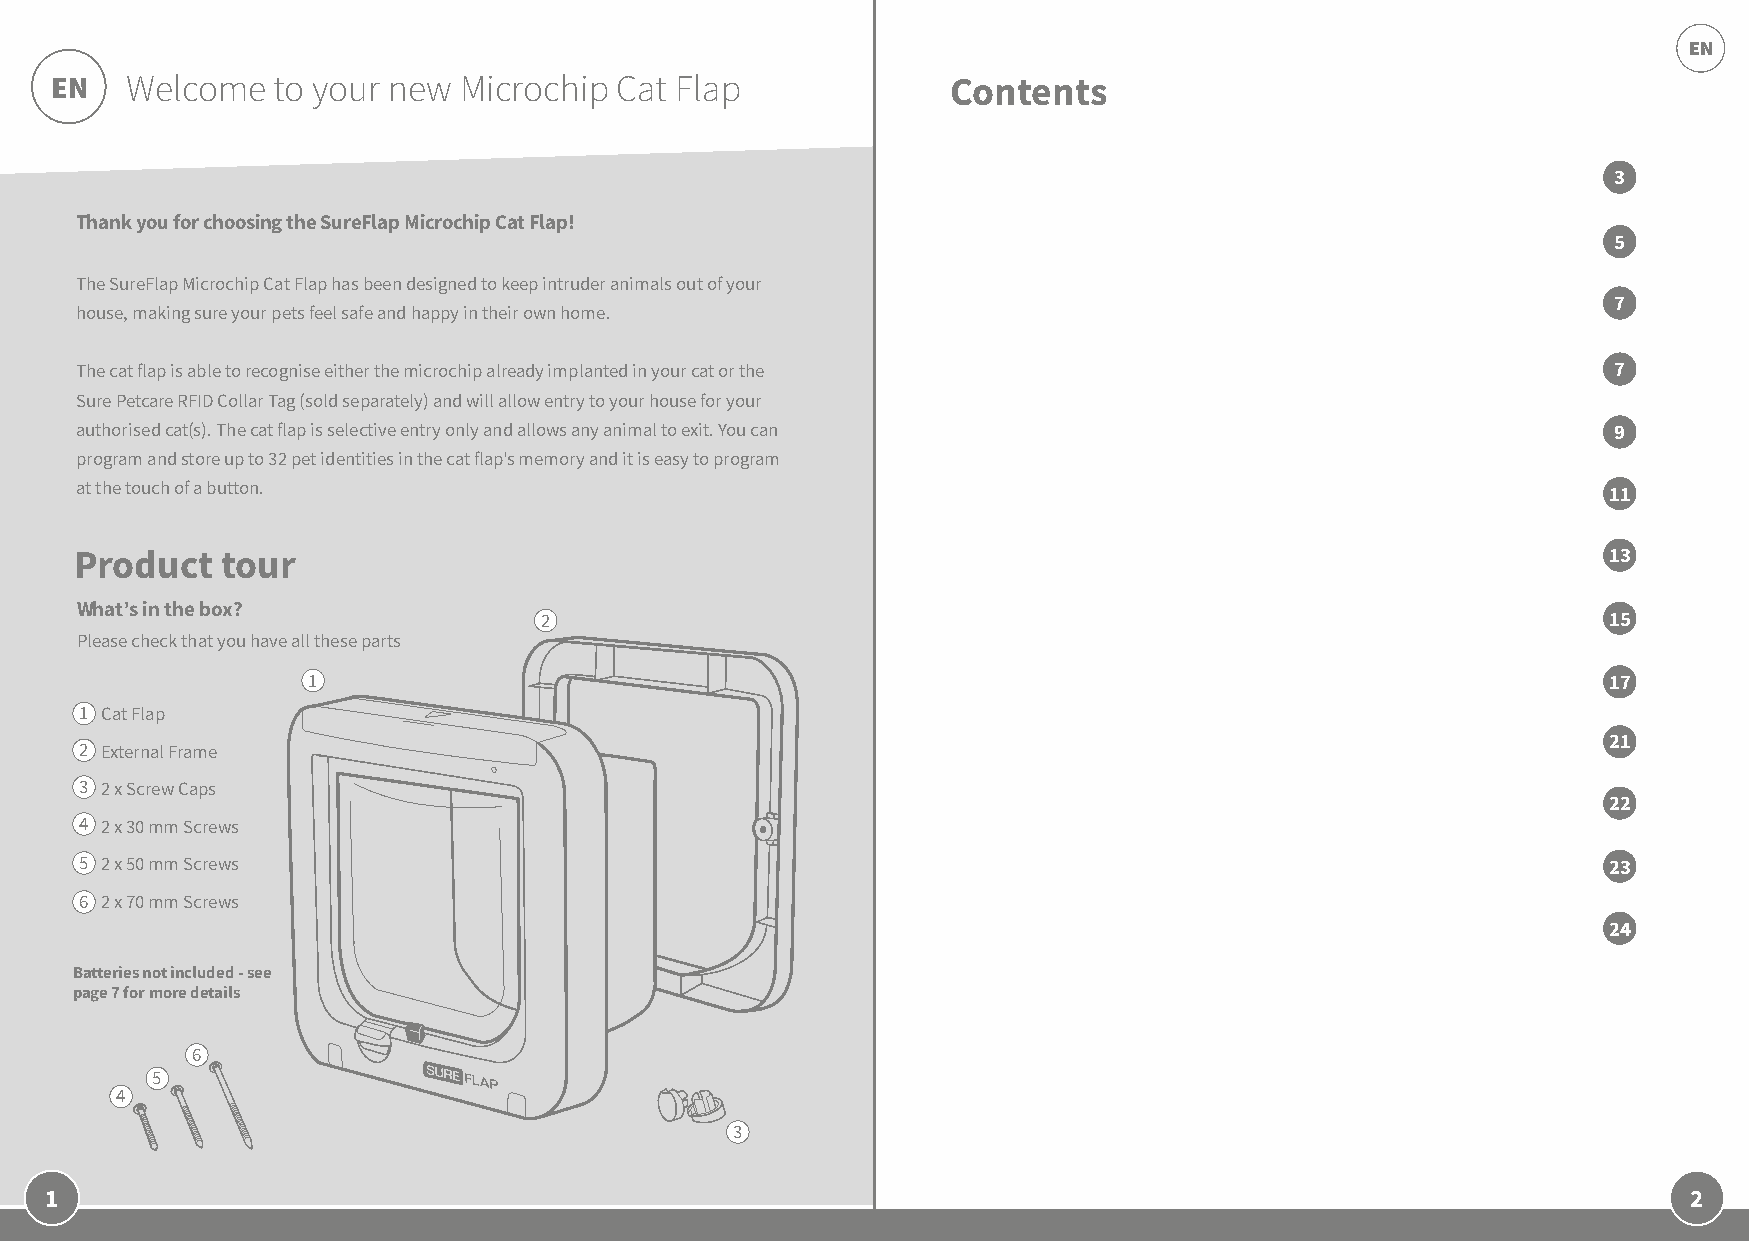
EN
 EN   Welcome   to your new Microchip  Cat Flap              Contents
 3
 Thank you for choosing the SureFlap Microchip Cat Flap!
 5
 The SureFlap Microchip Cat Flap has been designed to keep intruder animals out of your
 7
 house, making sure your pets feel safe and happy in their own home.
 The cat flap is able to recognise either the microchip already implanted in your cat or the           7
 Sure Petcare RFID Collar Tag (sold separately) and will allow entry to your house for your
 authorised cat(s). The cat flap is selective entry only and allows any animal to exit. You can        9
 program and store up to 32 pet identities in the cat flap's memory and it is easy to program
 at the touch of a button.                                                                            11
 Product   tour                                                                                       13
 What’s in the box?
 2                                                                     15
 Please check that you have all these parts
 1                                                                                     17
 1 Cat Flap
 21
 2 External Frame
 3 2 x Screw Caps
 22
 4 2 x 30 mm Screws
 5 2 x 50 mm Screws                                                                                   23
 6 2 x 70 mm Screws
 24
 Batteries not included - see
 page 7 for more details
 6
 5
 4
 3
 1                                                                                                            2